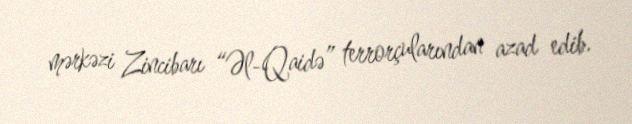
mərkəzi Zincibarı “Əl-Qaidə” terrorçularından azad edib.